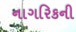
નાગરિકની